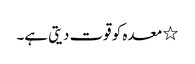
٭ معدہ کو قوت دیتی ہے۔